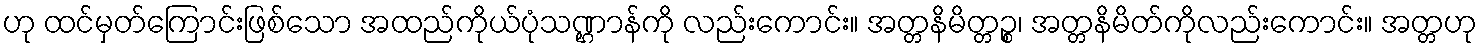
ဟု ထင်မှတ်ကြောင်းဖြစ်သော အထည်ကိုယ်ပုံသဏ္ဌာန်ကို လည်းကောင်း။ အတ္တနိမိတ္တဉ္စ၊ အတ္တနိမိတ်ကိုလည်းကောင်း။ အတ္တဟု